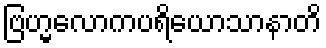
ဗြဟ္မလောကပရိယောသာနာတိ